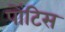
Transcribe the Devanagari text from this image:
पोंटिस